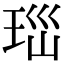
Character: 𤤼